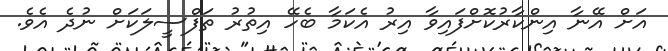
އަށް އޭނާ އިންކާރުކޮށްފައިވާ އިރު އެކަމާ ބެހޭ އިތުރު ތަފްސީލަކަށް ނުދެ އެވެ.